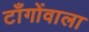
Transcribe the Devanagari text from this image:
टाँगोंवाला